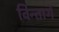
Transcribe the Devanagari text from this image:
विन्तागे